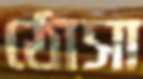
ঠোসা